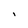
Character: I